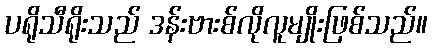
ပရိုသီရိုးသည် ဒန်းဗားစ်လိုလူမျိုးဖြစ်သည်။